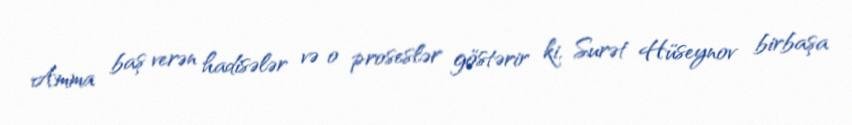
Amma baş verən hadisələr və o proseslər göstərir ki, Surət Hüseynov birbaşa